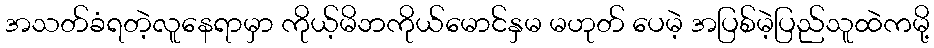
အသတ်ခံရတဲ့လူနေရာမှာ ကိုယ့်မိဘကိုယ်မောင်နှမ မဟုတ် ပေမဲ့ အပြစ်မဲ့ပြည်သူထဲကမို့